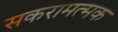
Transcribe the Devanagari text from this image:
सकरामत्मक